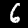
Digit: 6